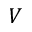
V